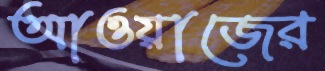
আওয়াজের